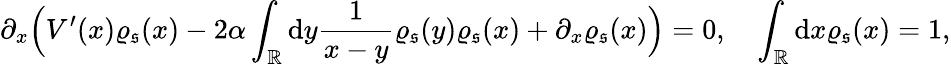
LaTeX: \partial_{x}\Big(V^{\prime}(x)\varrho_{\mathfrak{s}}(x)-2\alpha\int_{\mathbb{R}}\mathrm{d}y\frac{1}{x-y}\varrho_{\mathfrak{s}}(y)\varrho_{\mathfrak{s}}(x)+\partial_{x}\varrho_{\mathfrak{s}}(x)\Big)=0,\quad\int_{\mathbb{R}}\mathrm{d}x\varrho_{\mathfrak{s}}(x)=1,